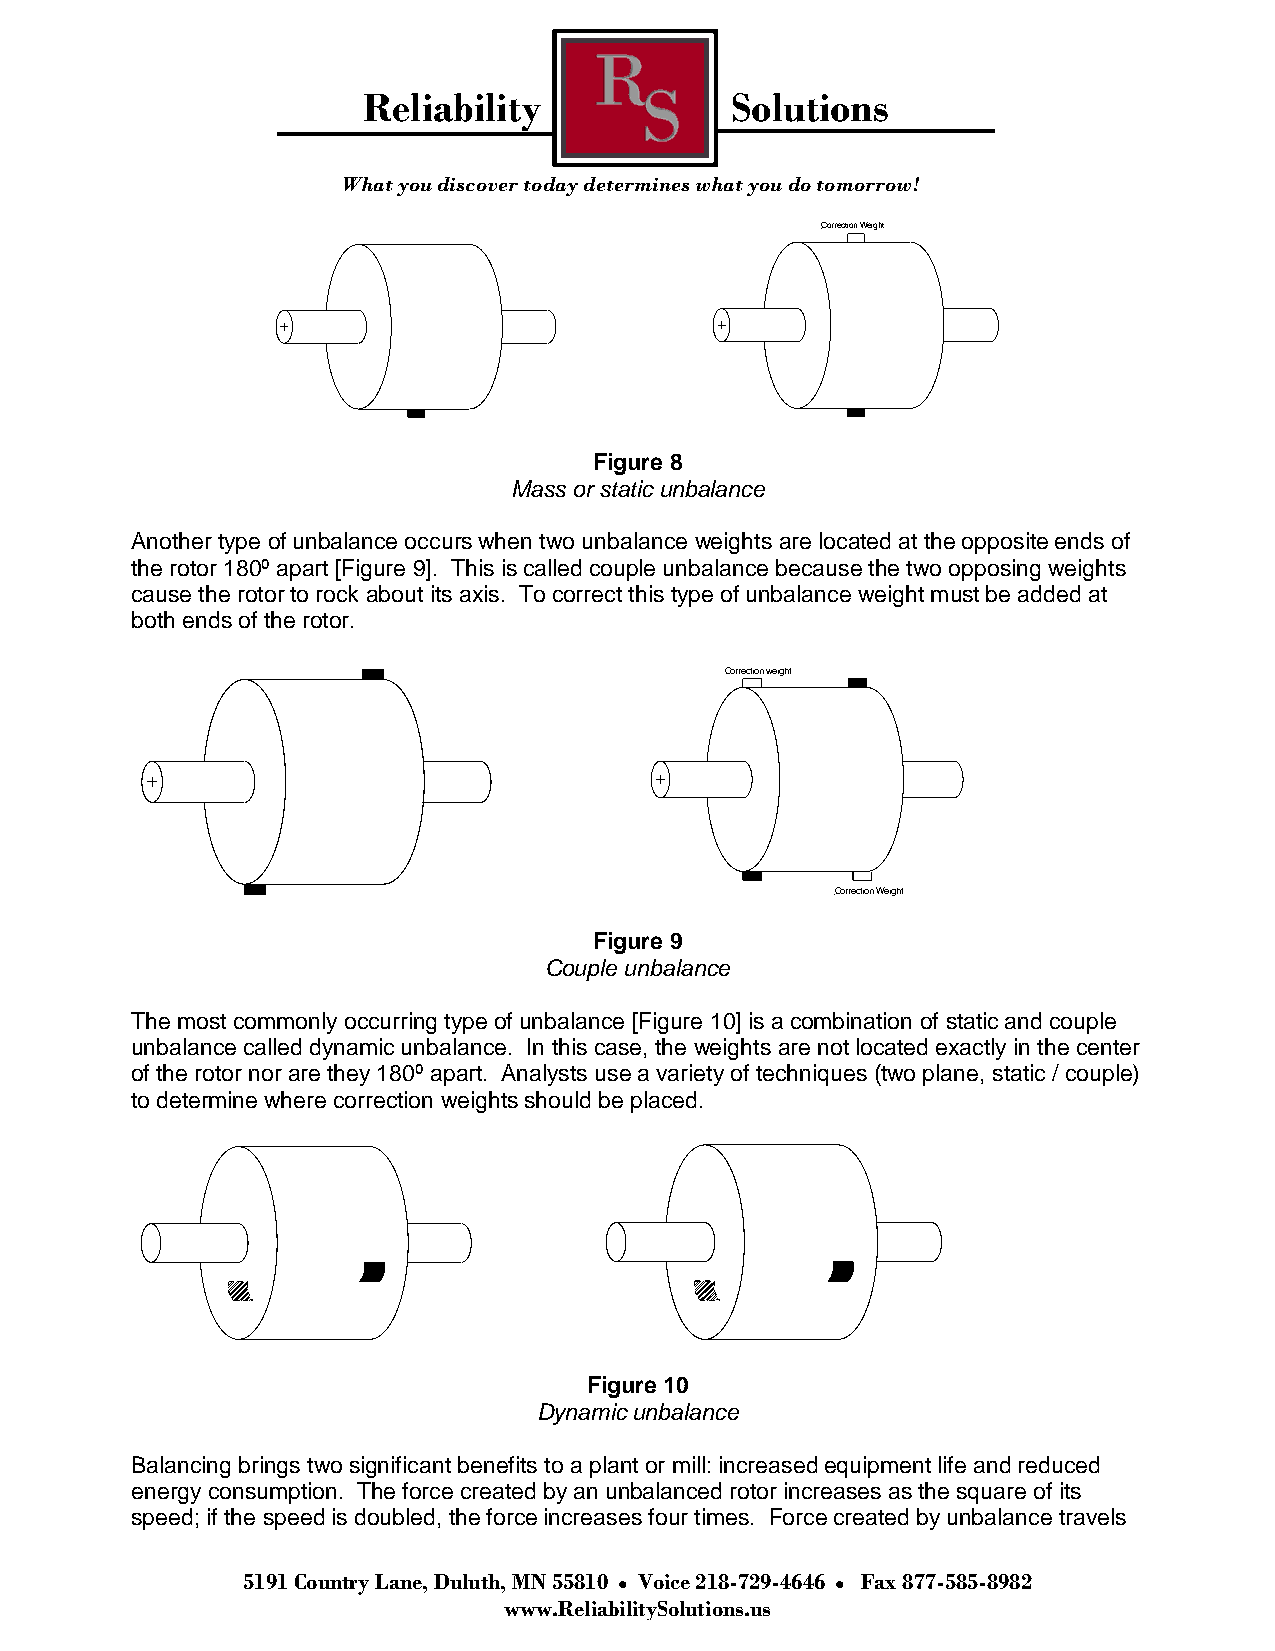
Reliability             Solutions
 What you discover today determines what you do tomorrow!
 Correction Weight
 Figure 8
 Mass or static unbalance
 Another type of unbalance occurs when two unbalance weights are located at the opposite ends of
 the rotor 180º apart [Figure 9]. This is called couple unbalance because the two opposing weights
 cause the rotor to rock about its axis. To correct this type of unbalance weight must be added at
 both ends of the rotor.
 Correction weight
 Correction Weight
 Figure 9
 Couple unbalance
 The most commonly occurring type of unbalance [Figure 10] is a combination of static and couple
 unbalance called dynamic unbalance. In this case, the weights are not located exactly in the center
 of the rotor nor are they 180º apart. Analysts use a variety of techniques (two plane, static / couple)
 to determine where correction weights should be placed.
 Figure 10
 Dynamic unbalance
 Balancing brings two significant benefits to a plant or mill: increased equipment life and reduced
 energy consumption. The force created by an unbalanced rotor increases as the square of its
 speed; if the speed is doubled, the force increases four times. Force created by unbalance travels
 5191 Country Lane, Duluth, MN 55810 Voice 218-729-4646 Fax 877-585-8982
 www.ReliabilitySolutions.us